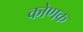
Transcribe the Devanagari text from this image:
कोणक